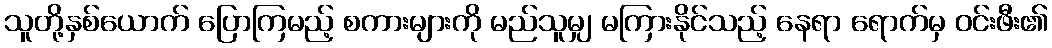
သူတို့နှစ်ယောက် ပြောကြမည့် စကားများကို မည်သူမျှ မကြားနိုင်သည့် နေရာ ရောက်မှ ဝင်းဖီး၏